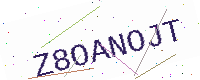
Text: Z8OANOJT